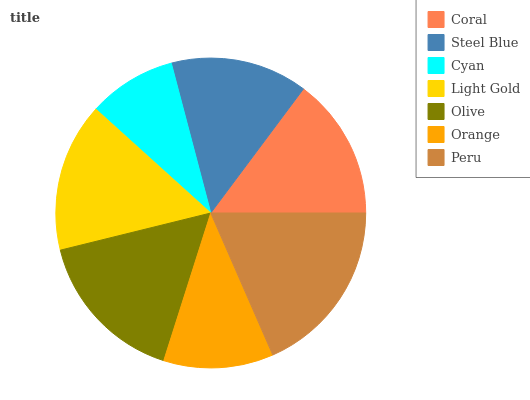
| Coral | Steel Blue | Cyan | Light Gold | Olive | Orange | Peru |
 | --- | --- | --- | --- | --- | --- | --- |
 | 14.8% | 14.3% | 9.21% | 15.5% | 16.2% | 11.5% | 18.5% |